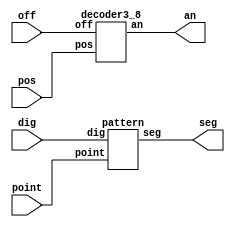
`timescale 1ns / 1ps

module display_num(
	input [3:0]dig,	//164
	input [2:0]pos,	//
	input point, //
	input off, //
	output [7:0]seg,	//
	output [7:0]an		//
    );
	
	decoder3_8 decoder(pos, off, an);
	pattern show16(dig, point, seg);
endmodule

module decoder3_8(
	input [2:0] pos,
	input off,
	output reg [7:0] an 
	);
	
	initial an = 0;
	always @(*)
	if(off == 1)
		an = ~8'b00000000;
	else
	begin
		case (pos)	//
            3'o0: an =~ 8'b00000001;
            3'o1: an =~ 8'b00000010;
            3'o2: an =~ 8'b00000100;
            3'o3: an =~ 8'b00001000;
            
            3'o4: an =~ 8'b00010000;
            3'o5: an =~ 8'b00100000;
            3'o6: an =~ 8'b01000000;
            3'o7: an =~ 8'b10000000;   

            default: an =~ 8'b00000000;
        endcase // pos
    end 
endmodule // decoder3_8

module pattern(
	input [3:0]dig,
	input point,
	output reg [7:0] seg
	);
	initial seg = 0;
    always @(*)
    begin
	    case({dig, point})
	        {4'b0000,1'b0} : seg = 8'b11000000;
	        {4'b0000,1'b1} : seg = 8'b01000000;
	        {4'b0001,1'b0} : seg = 8'b11111001;
	        {4'b0001,1'b1} : seg = 8'b01111001;
	        {4'b0010,1'b0} : seg = 8'b10100100;
	        {4'b0010,1'b1} : seg = 8'b00100100;
	        {4'b0011,1'b0} : seg = 8'b10110000;
	        {4'b0011,1'b1} : seg = 8'b00110000;
	        
	        {4'b0100,1'b0} : seg = 8'b10011001;
	        {4'b0100,1'b1} : seg = 8'b00011001;
	        {4'b0101,1'b0} : seg = 8'b10010010;
	        {4'b0101,1'b1} : seg = 8'b00010010;
	        {4'b0110,1'b0} : seg = 8'b10000010;
	        {4'b0110,1'b1} : seg = 8'b00000010;
	        {4'b0111,1'b0} : seg = 8'b11111000;
	        {4'b0111,1'b1} : seg = 8'b01111000;
	        
	        {4'b1000,1'b0} : seg = 8'b10000000;
	        {4'b1000,1'b1} : seg = 8'b00000000;
	        {4'b1001,1'b0} : seg = 8'b10011000;
	        {4'b1001,1'b1} : seg = 8'b00011000;
	        {4'b1010,1'b0} : seg = 8'b10001000;
	        {4'b1010,1'b1} : seg = 8'b00001000;
	        {4'b1011,1'b0} : seg = 8'b10000011;
	        {4'b1011,1'b1} : seg = 8'b00000011;
	        
	        {4'b1100,1'b0} : seg = 8'b11000110;
	        {4'b1100,1'b1} : seg = 8'b01000110;
	        {4'b1101,1'b0} : seg = 8'b10100001;
	        {4'b1101,1'b1} : seg = 8'b00100001;
	        {4'b1110,1'b0} : seg = 8'b10000110;
	        {4'b1110,1'b1} : seg = 8'b00000110;
	        {4'b1111,1'b0} : seg = 8'b10001110;
	        {4'b1111,1'b1} : seg = 8'b00001110;
	        default: seg = 8'b11111111;
	    endcase 
    end
endmodule